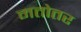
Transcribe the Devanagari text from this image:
मतोतर